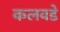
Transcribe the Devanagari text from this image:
कलवडे